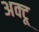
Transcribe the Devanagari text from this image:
अक्टू